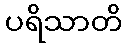
ပရိသာတိ